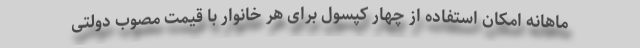
ماهانه امکان استفاده از چهار کپسول برای هر خانوار با قیمت مصوب دولتی